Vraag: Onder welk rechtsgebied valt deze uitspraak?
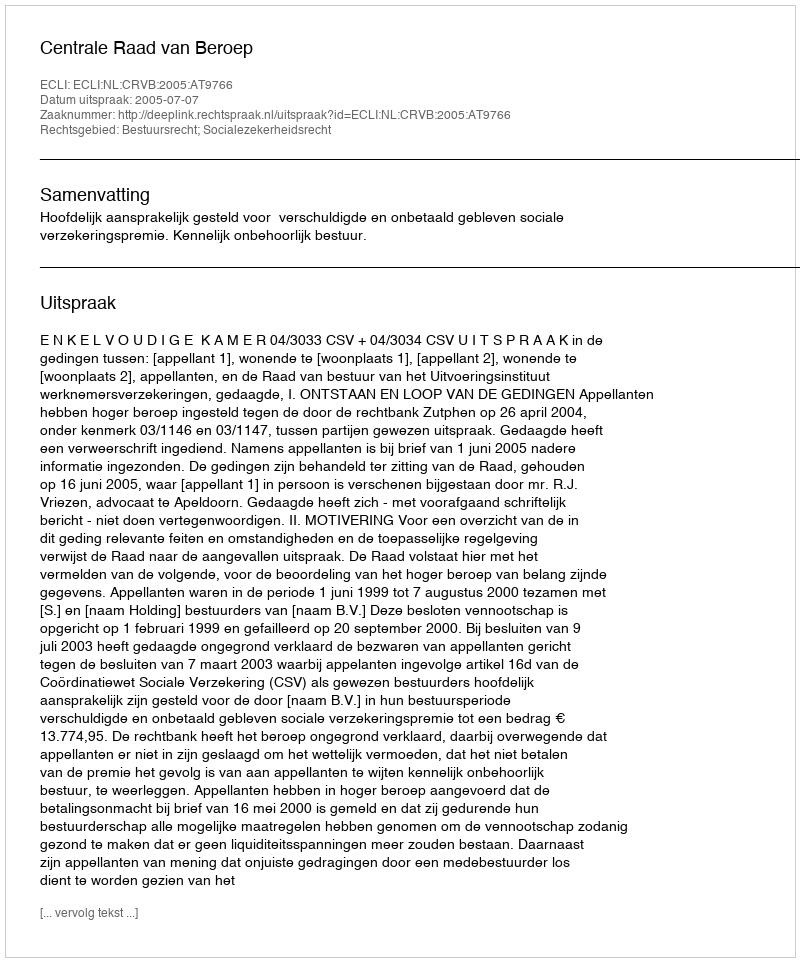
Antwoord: Bestuursrecht; Socialezekerheidsrecht